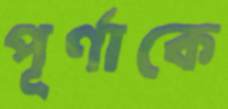
পূর্ণাকে